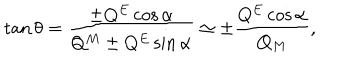
\tan \theta = \frac { \pm Q ^ { E } \cos \alpha } { Q ^ { M } \pm Q ^ { E } \sin \alpha } \simeq \pm \frac { Q ^ { E } \cos \alpha } { Q _ { M } } ,